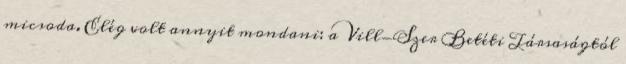
micsoda. Elég volt annyit mondani: a Vill-Szer Betéti Társaságtól